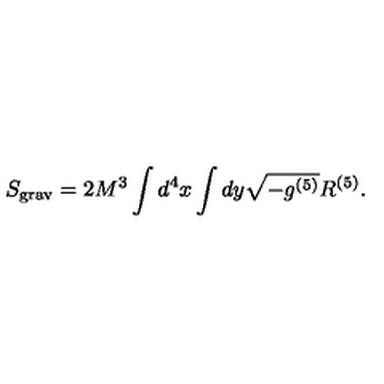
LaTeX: S _ { \mathrm { g r a v } } = 2 M ^ { 3 } \int d ^ { 4 } x \int d y \sqrt { - g ^ { ( 5 ) } } R ^ { ( 5 ) } .